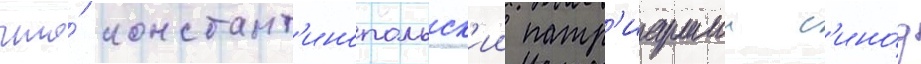
что́ констант'инопольск'ии патр'иаршии с'ино́д